Training of teachers. Junior students, 1910
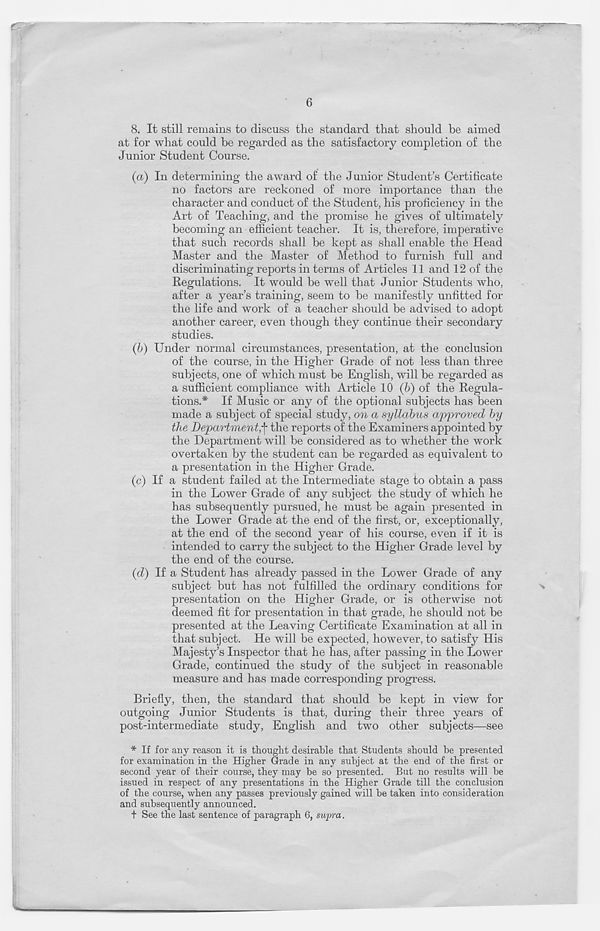
8. It still remains to discuss the standard that should be aimed
at for what could be regarded as the satisfactory completion of the
Junior Student Course.
(a) In determining the award of the Junior Student’s Certificate
no factors are reckoned of more importance than the
character and conduct of the Student, his proficiency in the
Art of Teaching, and the promise he gives of ultimately
becoming an efficient teacher. It is, therefore, imperative
that such records shall be kept as shall enable the Head
Master and the Master of Method to furnish full and
discriminating reports in terms of Articles 11 and 12 of the
Regulations. It would be well that Junior Students who,
after a year’s training, seem to be manifestly unfitted for
the life and work of a teacher should be advised to adopt
another career, even though they continue their secondary
studies.
(b) Under normal circumstances, presentation, at the conclusion
of the course, in the Higher Grade of not less than three
subjects, one of which must be English, will be regarded as
a sufficient compliance with Article 10 (6) of the Regula-
tions.* If Music or any of the optional subjects has been
made a subject of special study, on a syllabus approved by
the Department,^ the reports of the Examiners appointed by
the Department will be considered as to whether the work
overtaken by the student can be regarded as equivalent to
a presentation in the Higher Grade.
(c) If a student failed at the Intermediate stage to obtain a pass
in the Lower Grade of any subject the study of which he
has subsequently pursued, he must be again presented in
the Lower Grade at the end of the first, or, exceptionally,
at the end of the second year of his course, even if it is
intended to carry the subject to the Higher Grade level by
the end of the course.
(cl) If a Student has already passed in the Lower Grade of any
subject but has not fulfilled the ordinary conditions for
presentation on the Higher Grade, or is otherwise not
deemed fit for presentation in that grade, he should not be
presented at the Leaving Certificate Examination at all in
that subject. He will be expected, however, to satisfy His
Majesty’s Inspector that he has, after passing in the Lower
Grade, continued the study of the subject in reasonable
measure and has made corresponding progress.
Briefly, then, the standard that should be kept in view for
outgoing Junior Students is that, during their three years of
post-intermediate study, English and two other subjects—see
* If for any reason it is thought desirable that Students should be presented
for examination in the Higher Grade in any subject at the end of the first or
second year of their course, they may he so presented. But no results will be
issued in respect of any presentations in the Higher Grade till the conclusion
of the course, when any passes previously gained will be taken into consideration
and subsequently announced.
t See the last sentence of paragraph 6, supra.